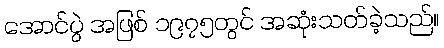
အောင်ပွဲ အဖြစ် ၁၉၇၅တွင် အဆုံးသတ်ခဲ့သည်။